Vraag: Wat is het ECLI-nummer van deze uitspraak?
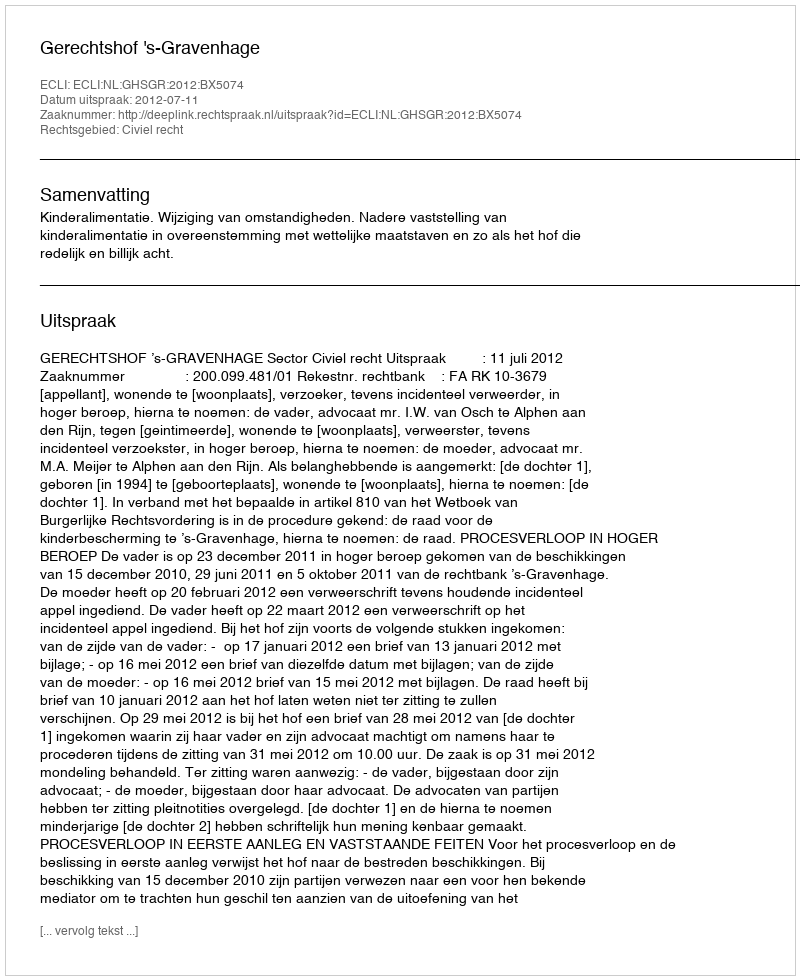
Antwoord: ECLI:NL:GHSGR:2012:BX5074